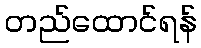
တည်ထောင်ရန်